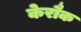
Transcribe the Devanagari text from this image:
केरौक